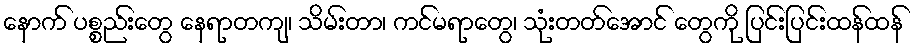
နောက် ပစ္စည်းတွေ နေရာတကျ၊ သိမ်းတာ၊ ကင်မရာတွေ၊ သုံးတတ်အောင် တွေကို ပြင်းပြင်းထန်ထန်